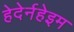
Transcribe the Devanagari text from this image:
हेदेर्नहेइम